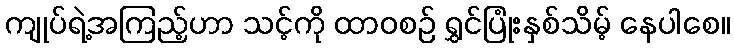
ကျုပ်ရဲ့အကြည့်ဟာ သင့်ကို ထာဝစဉ် ရွှင်ပြုံးနှစ်သိမ့် နေပါစေ။